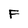
Character: F